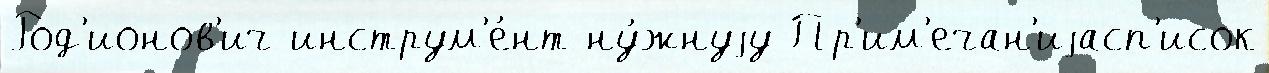
Род'ионов'ич инструм'е́нт ну́жнуjу Пр'им'ечан'иjасп'исок